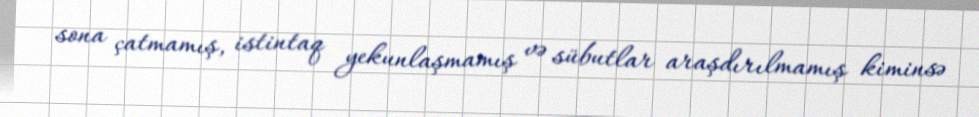
sona çatmamış, istintaq yekunlaşmamış və sübutlar araşdırılmamış kiminsə